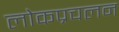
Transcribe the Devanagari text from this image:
लोकप्रचलन